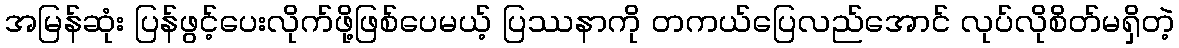
အမြန်ဆုံး ပြန်ဖွင့်ပေးလိုက်ဖို့ဖြစ်ပေမယ့် ပြဿနာကို တကယ်ပြေလည်အောင် လုပ်လိုစိတ်မရှိတဲ့